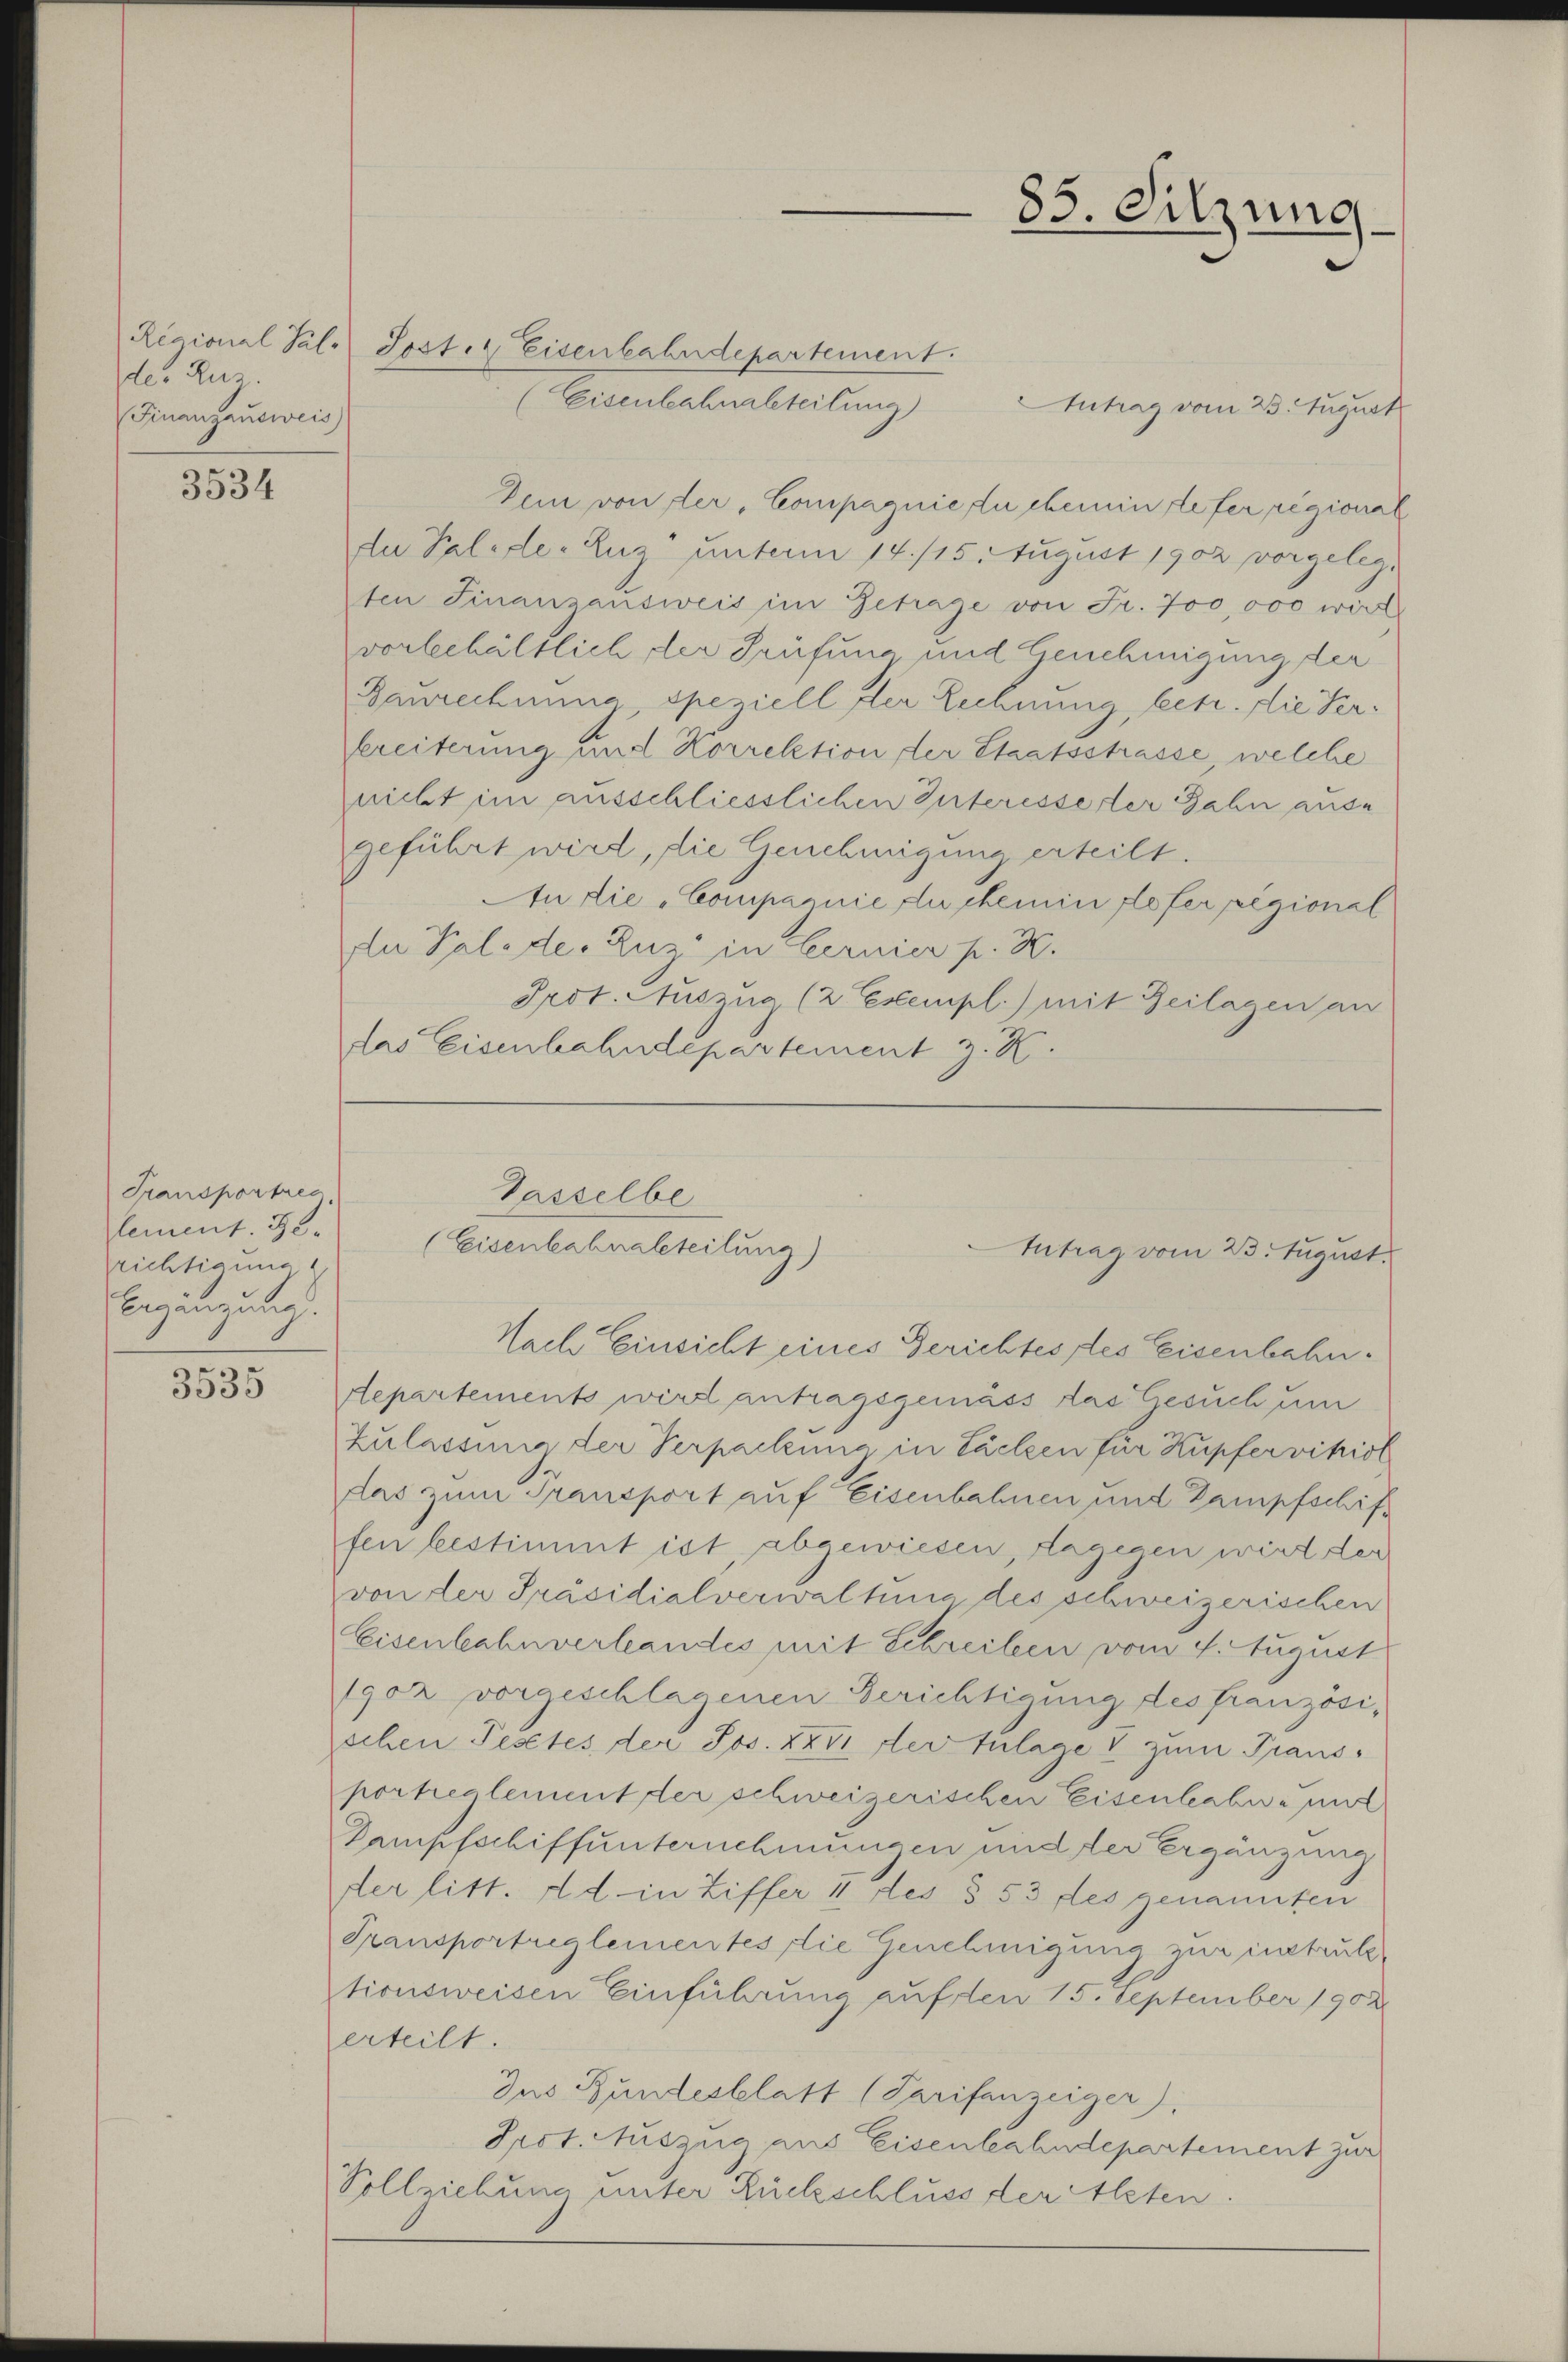
Der Rez.
(Finanzausweis

3534

Transportrea
lement. 25.
richtigung
Begingung.

3535

Ricional Sal. Post. Eisenbahndepartement.
(Eisenbahnabteilung)
Antrag vom 23. August
Dein von der, Compagnie du chemnin refer regional
du Palide-Luz unterm 14. /15. August 1902 vorgelegten Finanzausweis im Getrage von Fr. 700,000 wirt
vorbehältlich der Prüfung und Genehmigung der
Baurechnung speziell der Lechnung, betr. die Verbreiterung und Korrektion der Staatsstrasse, welche
nicht im ausschliesslichen Interesserter Jahn ause
geführt wird, die Genehmigung erteilt.
An die „Compagnie du chemin floser pegional
da Paleder Zuz in bernier p. K.
Prot. Auszug (2 Exempl.) mit Zeilagen an
das Eisenbahndepartement z. K.

Passelbe
(Eisenbahnabeteilung)

83. Sitzung

Nach Einsicht eines Gerichtes les eisenbahn.
Departements wird antragsgemäss das Gesuch um
Zulassung der Verpackung in Fällen für Kupfer vihist
das zum Transport auf Eisenbahnen und Dampfschiffen bestimmt ist, abgewiesen, dagegen wird der
von der Präsidialverwaltung des schweizerischen
Eisenbahnverlandes mit Schreiben vom 4. August
1902 vorgeschlagenen Berichtigung des französi-
schen Pestes der Jos. XXVI der Zulage & zum Transportreglement der schweizerischen Eisenhabe mit
Dampfschiffunternehmungen und der Ergänzung
der litt. ad in Ziffer 4 des § 53 des genannten
Transportreglementes die Genehmigung zur instruk
tionsweisen Einführung auf den 15. September 1902
erteilt.
dus Bundesblatt (Tarifenzeiger).
Irot. Auszug aus Eisenbahndepartement zur
Vollziehung unter Rückschluss der Alten.

Intrag vom 23. August.